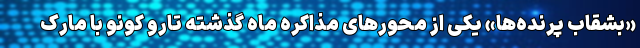
«بشقاب پرنده‌ها» یکی از محورهای مذاکره ماه گذشته تارو کونو با مارک